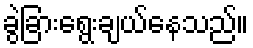
ခွဲခြားရွေးချယ်နေသည်။